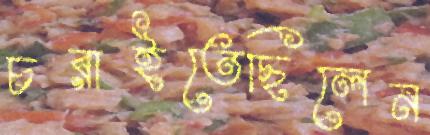
চরাইতেছিলেন